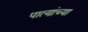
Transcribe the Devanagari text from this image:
पात्यांच्या